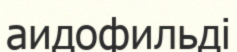
аидофильді